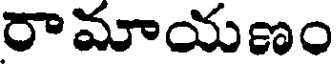
రామాయణం